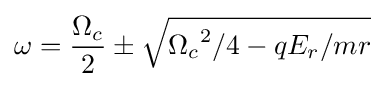
\omega ={\frac {\Omega _{c}}{2}}\pm {\sqrt {{\Omega _{c}}^{2}/4-qE_{r}/{mr}}}